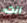
أنت